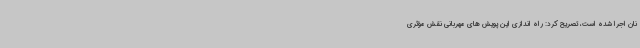
نان اجرا شده است، تصریح کرد: راه اندازی این پویش های مهربانی نقش مؤثری